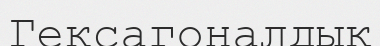
Гексагоналдық